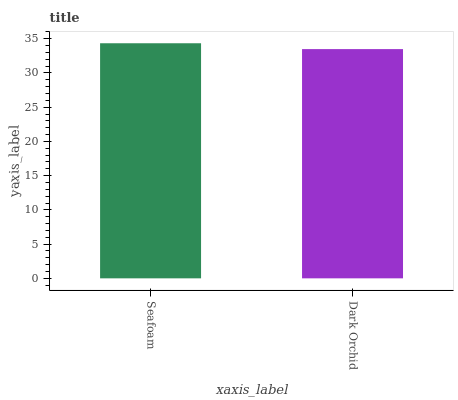
| xaxis_label | bars |
 | --- | --- |
 | Seafoam | 34.3 |
 | Dark Orchid | 33.5 |